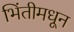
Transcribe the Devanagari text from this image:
भिंतीमधून